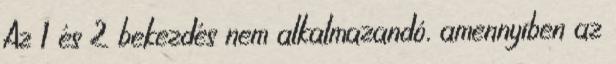
Az 1 és 2 bekezdés nem alkalmazandó, amennyiben az